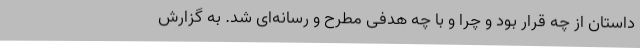
داستان از چه قرار بود و چرا و با چه هدفی مطرح و رسانه‌ای شد. به گزارش